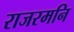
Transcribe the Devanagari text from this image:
राजरमनि